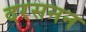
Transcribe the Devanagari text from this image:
दरसनन